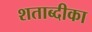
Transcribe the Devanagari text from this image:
शताब्दीका